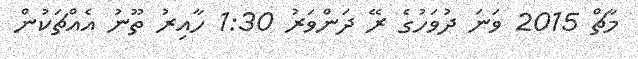
މާޗް 2015 ވަނަ ދުވަހުގެ ރޭ ދަންވަރު 1:30 ހާއިރު ތޫނު އެއްޗަކުން